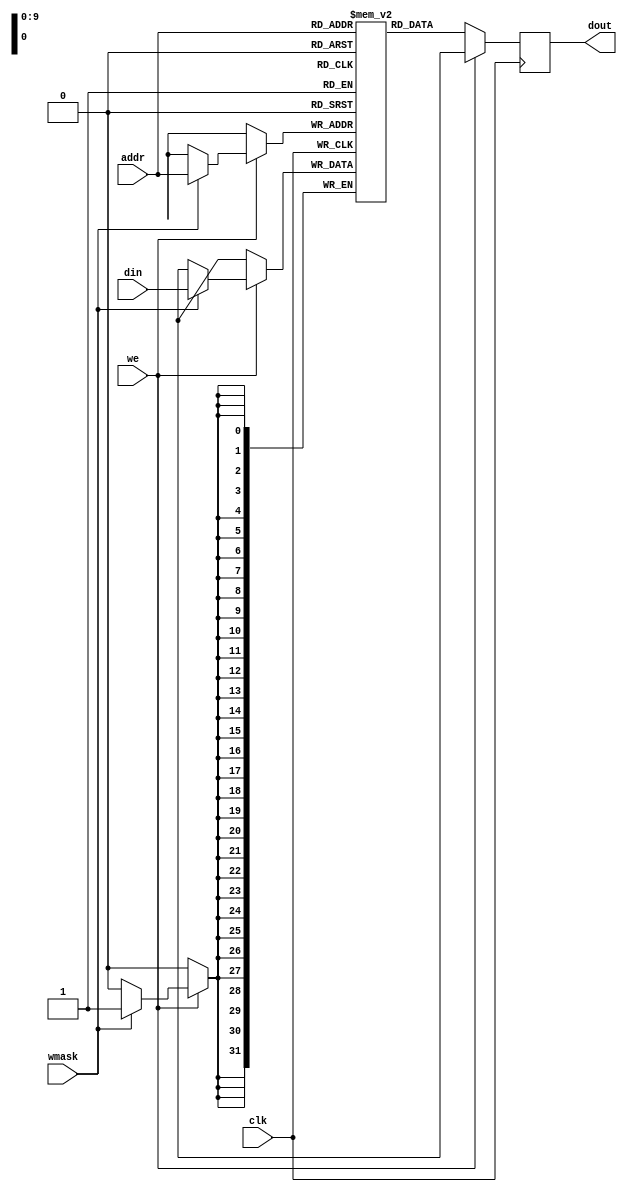
// SRAM22 SRAM model
// Words: 1024
// Word size: 32
// Write size: 32

module sram22_1024x32m8w32(
`ifdef USE_POWER_PINS
    vdd,
    vss,
`endif
  clk,we,wmask,addr,din,dout
  );

  // These parameters should NOT be set to
  // anything other than their defaults.
  parameter DATA_WIDTH = 32 ;
  parameter ADDR_WIDTH = 10 ;
  parameter WMASK_WIDTH = 1 ;
  parameter RAM_DEPTH = 1 << ADDR_WIDTH;

`ifdef USE_POWER_PINS
    inout vdd; // power
    inout vss; // ground
`endif
  input  clk; // clock
  input  we; // write enable
  input [WMASK_WIDTH-1:0] wmask; // write mask
  input [ADDR_WIDTH-1:0]  addr; // address
  input [DATA_WIDTH-1:0]  din; // data in
  output reg [DATA_WIDTH-1:0] dout; // data out
  

  reg [DATA_WIDTH-1:0] mem [0:RAM_DEPTH-1];

  // Fill memory with zeros.
  // For simulation only. The real SRAM
  // may not be initialized to all zeros.
  integer i;
  initial begin
    for (i = 0 ; i < RAM_DEPTH ; i = i + 1)
    begin
      mem[i] = {DATA_WIDTH{1'b0}};
    end
  end

  always @(posedge clk)
  begin
    // Write
    if (we) begin
        if (wmask[0]) begin
          mem[addr][31:0] <= din[31:0];
        end

      // Output is arbitrary when writing to SRAM
      dout <= {DATA_WIDTH{1'bx}};
    end

    // Read
    if (!we) begin
      dout <= mem[addr];
    end
  end

endmodule